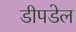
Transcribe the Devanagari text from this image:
डीपडेल